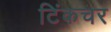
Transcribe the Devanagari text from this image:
टिंकचर